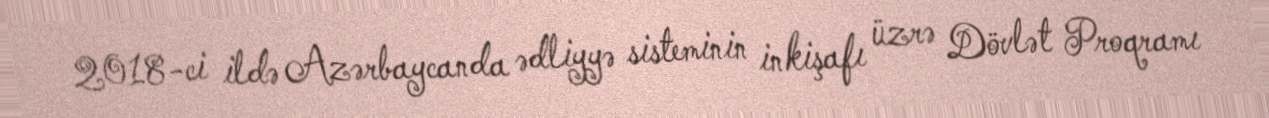
2018-ci ildə Azərbaycanda ədliyyə sisteminin inkişafı üzrə Dövlət Proqramı